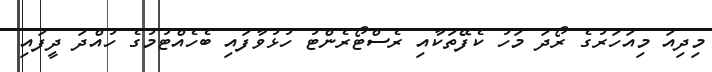
މިދިއަ މިއަހަރުގެ ރޯދަ މަހު ކެފޭތަކާއި ރެސްޓޯރެންޓު ހުޅުވާފައި ބެހެއްޓުމުގެ ހުއްދަ ދީފައި